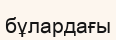
бұлардағы